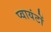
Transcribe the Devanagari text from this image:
प्वायंटों